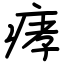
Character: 痚